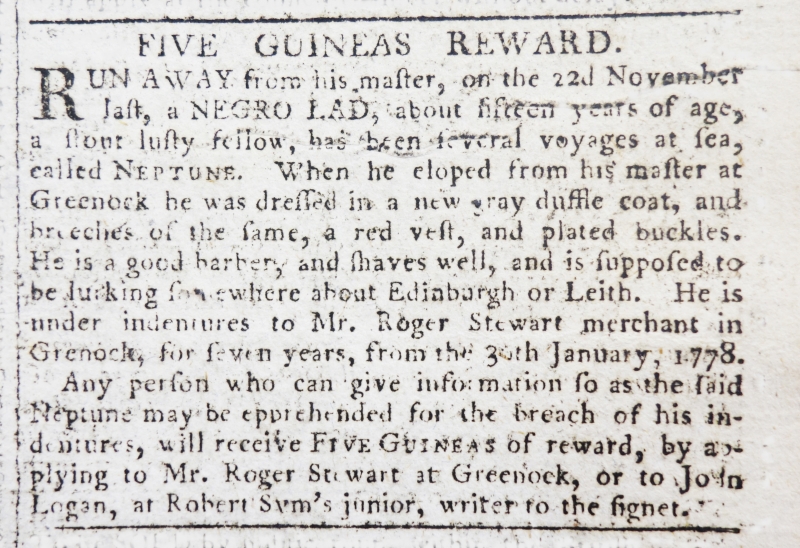
Edinburgh Advertiser, 24 December 1779 (Scotland)
        FIVE GUINEAS REWARD.RUN AWAY from his master, on the 22d November last, a NEGRO LAD, about fifteen years of age, a stout lusty fellow, has been several voyages at sea, called NEPTUNE. When he eloped from his master at Greenock he was dressed in a new gray duffle coat, and breeches of the same, a red vest, and plated buckles. He is a good barber, and shaves well, and is supposed to be lurking somewhere about Edinburgh or Leith. He is under indentures to Mr. Roger Stewart merchant in Grenock, for seven years, from the 30th January, 1778.   Any person who can give information so as the said Neptune may be apprehended for the breach of his indentures, will receive FIVE GUINEAS of reward, by applying to Mr. Roger Stewart at Greenock, or to John Logan, at Robert Sym’s junior, writer to the signet.